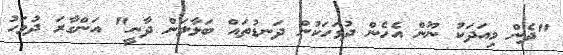
"ދެން މިއަދަކު ނޫން އެހެން ދުވަހަކުން ދަނޑުތައް ބަލާލަން ދާނީ" އަންގާރަ ދުވަހު